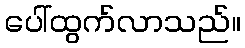
ပေါ်ထွက်လာသည်။